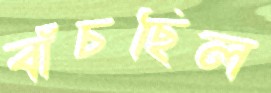
বাঁচছিল